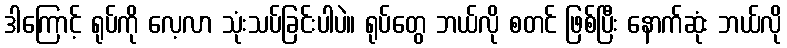
ဒါကြောင့် ရုပ်ကို လေ့လာ သုံးသပ်ခြင်းပါပဲ။ ရုပ်တွေ ဘယ်လို စတင် ဖြစ်ပြီး နောက်ဆုံး ဘယ်လို